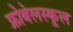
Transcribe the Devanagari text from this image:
फ्रोबेलस्कूल